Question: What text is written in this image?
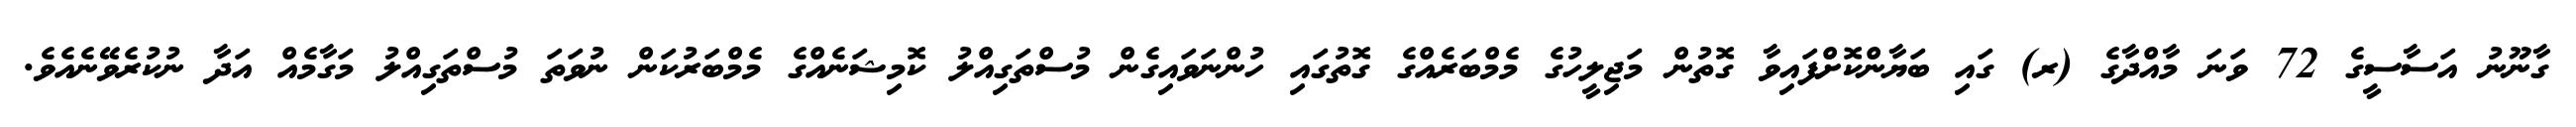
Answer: ގާނޫނު އަސާސީގެ 72 ވަނަ މާއްދާގެ (ރ) ގައި ބަޔާންކޮށްފައިވާ ގޮތުން މަޖިލީހުގެ މެމްބަރެއްގެ ގޮތުގައި ހުންނަވައިގެން މުސްތަގިއްލު ކޮމިޝަނެއްގެ މެމްބަރުކަން ނުވަތަ މުސްތަގިއްލު މަގާމެއް އަދާ ނުކުރެވޭނެއެވެ.